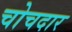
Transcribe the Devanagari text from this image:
चोचदार